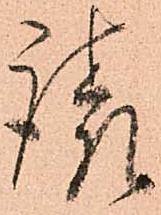
請